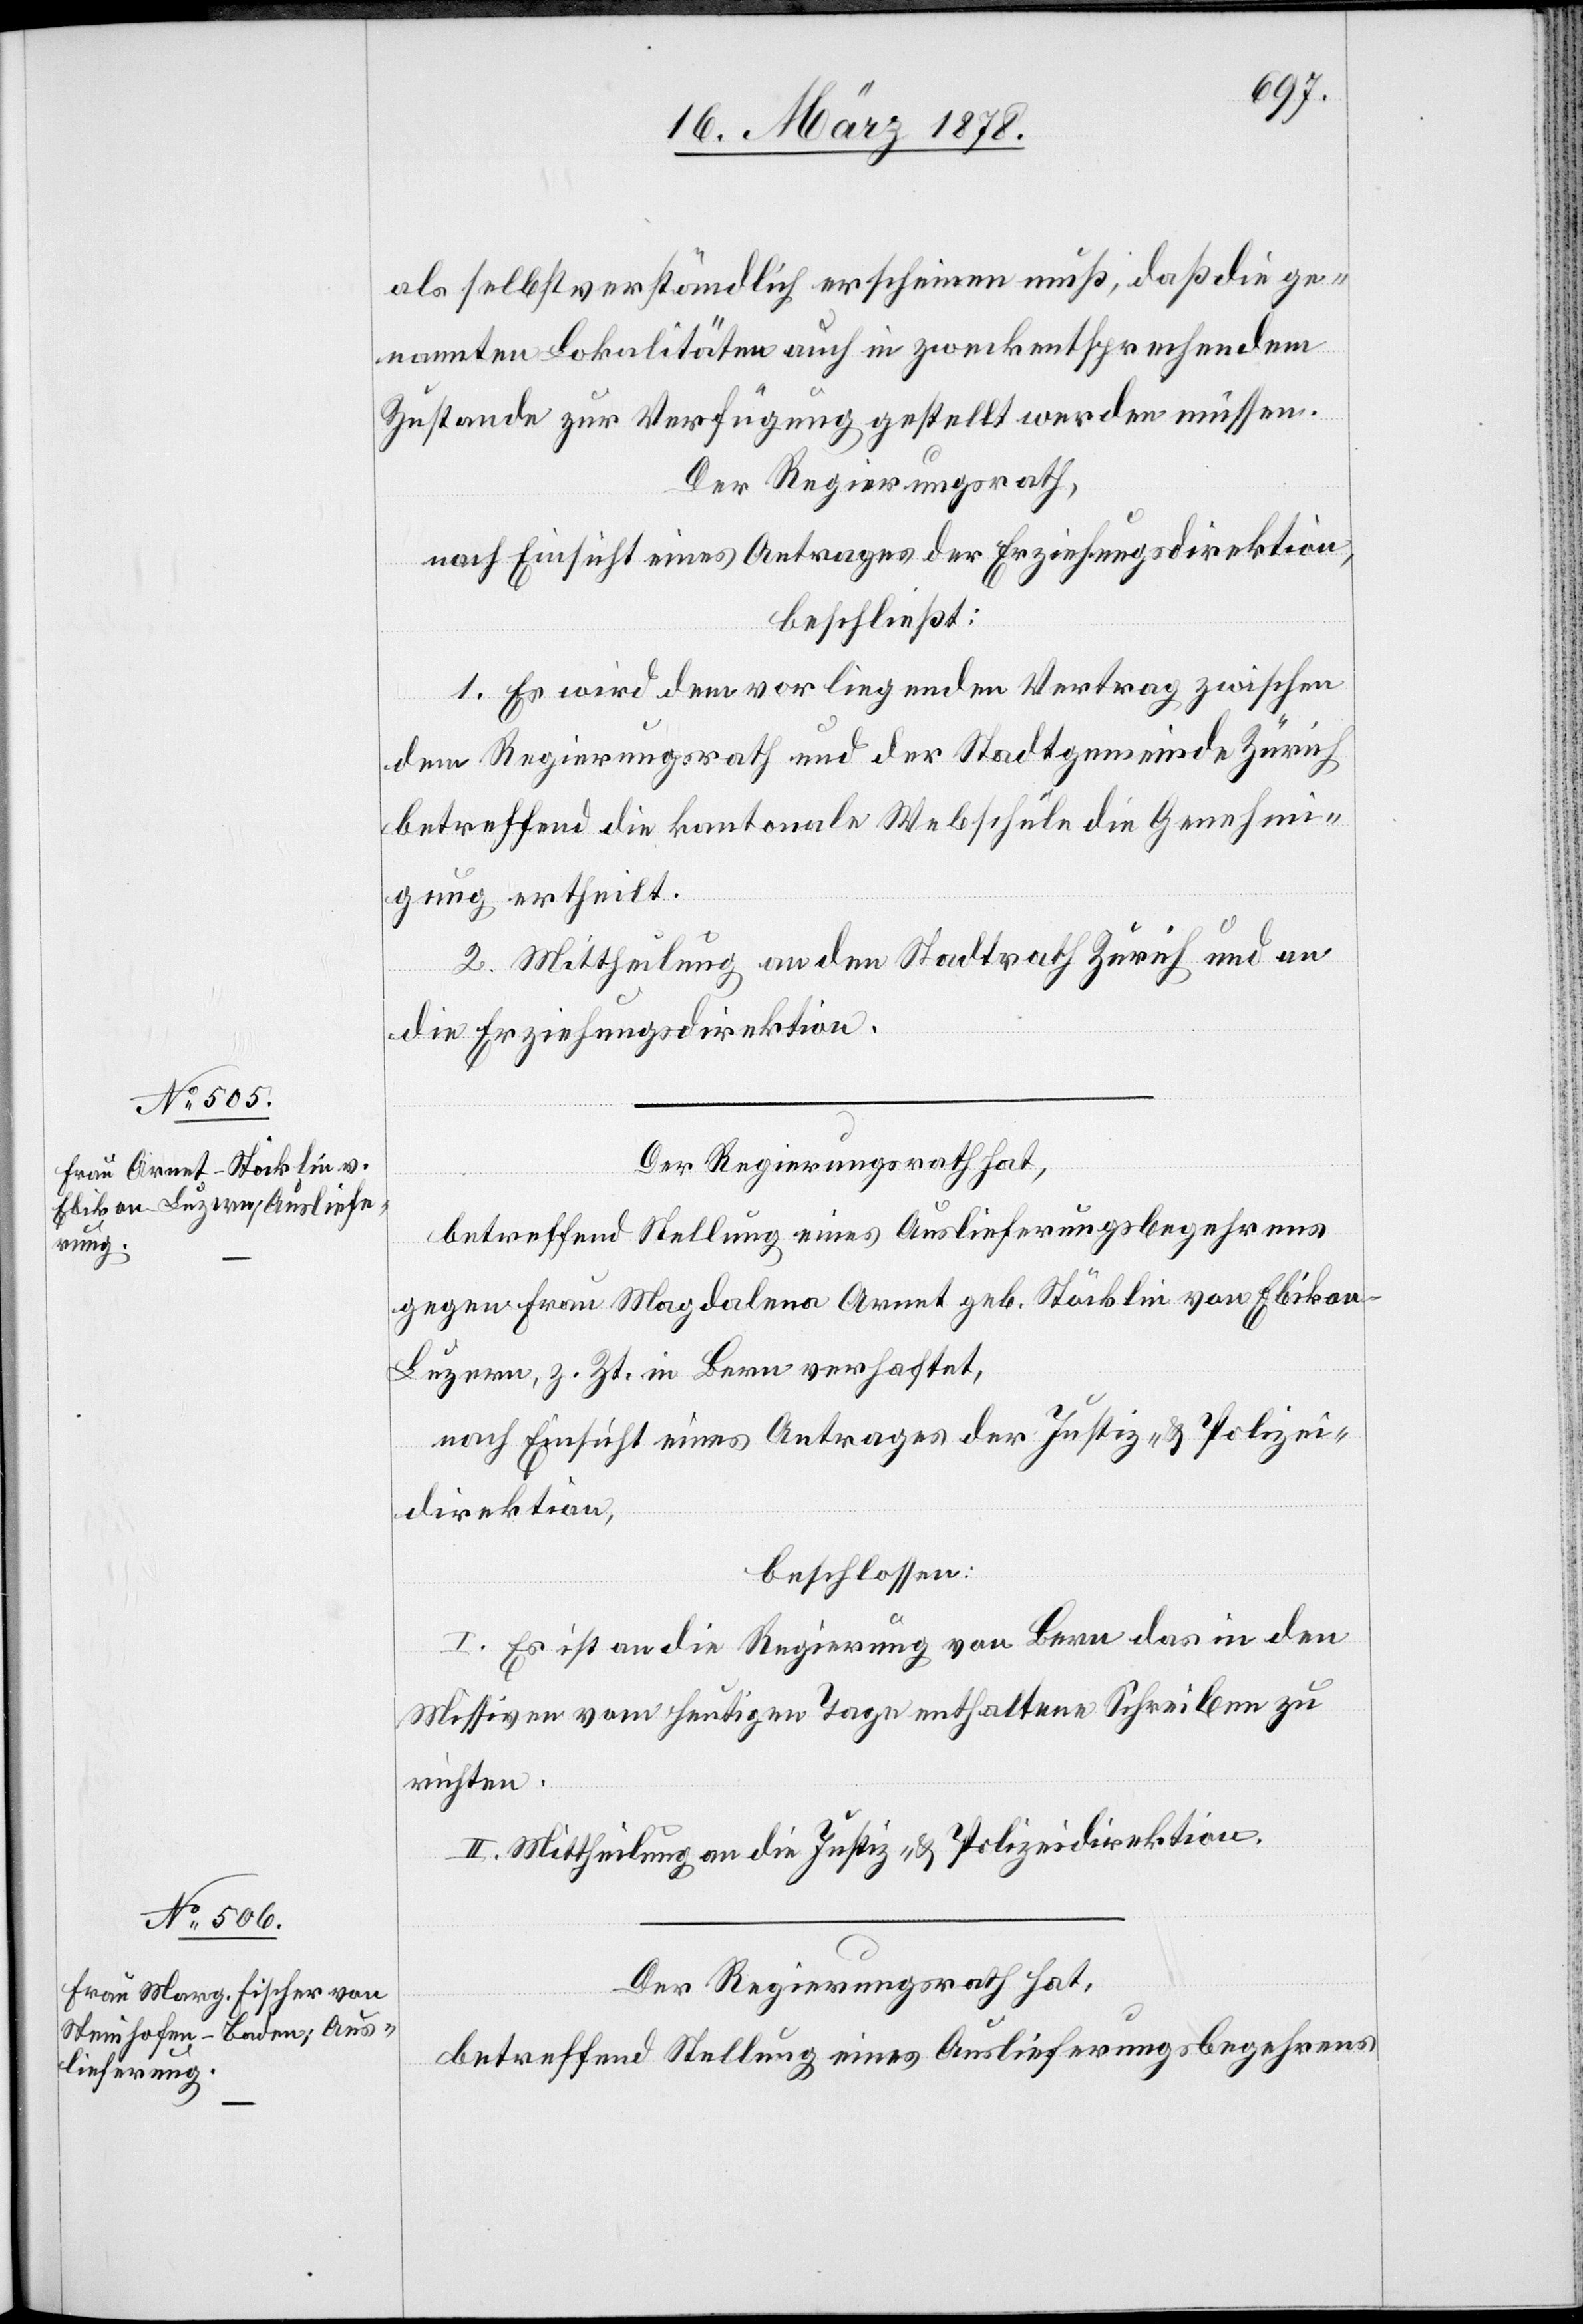
als selbstverständlich erscheinen muß, daß die ge¬
nannten Lokalitäten auch in zweckentsprechendem
Zustande zur Verfügung gestellt werden müssen.
Der Regierungsrath,
nach Einsicht eines Antrages der Erziehungsdirektion,
beschließt:
1. Es wird dem vorliegenden Vertrag zwischen
dem Regierungsrath und der Stadtgemeinde Zürich
betreffend die kantonale Webschule die Genehmi¬
gung ertheilt.
2. Mittheilung an den Stadtrath Zürich und an
die Erziehungsdirektion.
Der Regierungsrath hat,
betreffend Stellung eines Auslieferungsbegehrens
gegen Frau Magdalena Arent geb. Stöcklin von Ebikon
Luzern, z. Zt. in Bern verhaftet,
nach Einsicht eines Antrages der Justiz- & Polizei¬
direktion,
beschlossen:
I. Es ist an die Regierung von Bern das in den
Missiven vom heutigen Tage enthaltene Schreiben zu
richten.
II. Mittheilung an die Justiz- & Polizeidirektion.
Der Regierungsrath hat,
betreffend Stellung eines Auslieferungsbegehrens